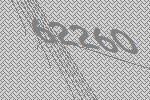
62260